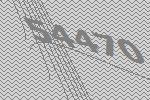
54470